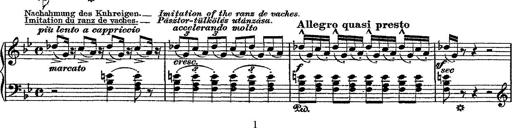
Title: Fantaisie romantique sur deux mÃ©lodies suisses
Composer: Franz Liszt